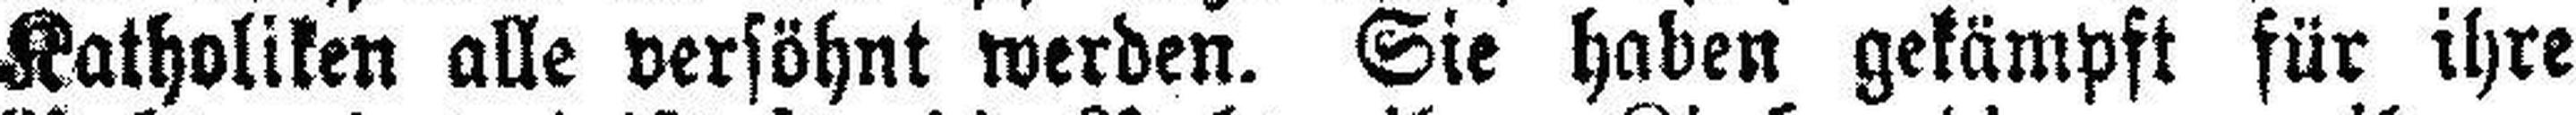
Katholiken alle versöhnt werden. Sie haben gekämpft für ihre